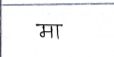
मजकूर: मा